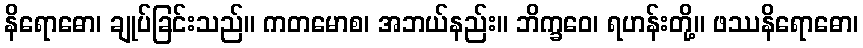
နိရောဓော၊ ချုပ်ခြင်းသည်။ ကတမောစ၊ အဘယ်နည်း။ ဘိက္ခဝေ၊ ရဟန်းတို့။ ဖဿနိရောဓော၊